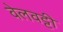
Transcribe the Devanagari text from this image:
वेलवट्टी